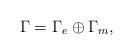
LaTeX: \begin{align*}\Gamma=\Gamma_e\oplus \Gamma_m,\end{align*}